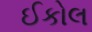
ઈકોલ